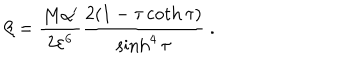
LaTeX: \beta = \frac { M \alpha ^ { \prime } } { 2 \varepsilon ^ { 6 } } \frac { 2 ( 1 - \tau \coth \tau ) } { \sinh ^ { 4 } \tau } \ .